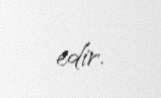
edir.